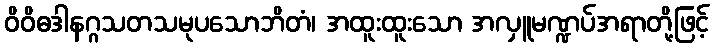
ဝိဝိဓဒါနဂ္ဂသတသမုပသောဘိတံ၊ အထူးထူးသော အလှူမဏ္ဍပ်အရာတို့ဖြင့်